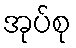
အုပ်စု